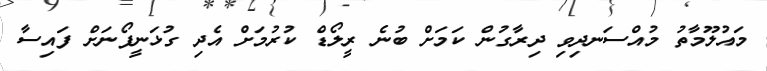
މައުލޫމާތު މުއްސަނދިވި ދިރާގުން ކަމަށް ބުނެ ރީލޯޑް ކުރުމަށް އެދި ގުޅަނީފޯނަށް ފައިސާ